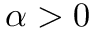
\alpha > 0